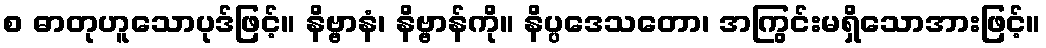
စ ဓာတုဟူသောပုဒ်ဖြင့်။ နိဗ္ဗာနံ၊ နိဗ္ဗာန်ကို။ နိပ္ပဒေသတော၊ အကြွင်းမရှိသောအားဖြင့်။